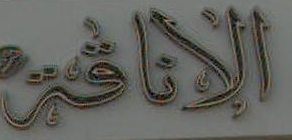
الأناقة